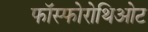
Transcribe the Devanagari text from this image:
फॉस्फोरोथिओट